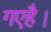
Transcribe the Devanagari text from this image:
गएहै।